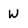
Character: W